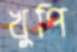
খুপি